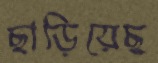
ছাড়িয়েছ